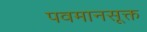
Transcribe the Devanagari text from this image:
पवमानसूक्त